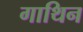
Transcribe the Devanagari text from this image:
गाथिन